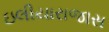
ઇલીયારાજાસ